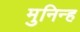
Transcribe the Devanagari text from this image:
मुनिन्ह